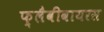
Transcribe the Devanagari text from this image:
फ़्लैवीवायरस